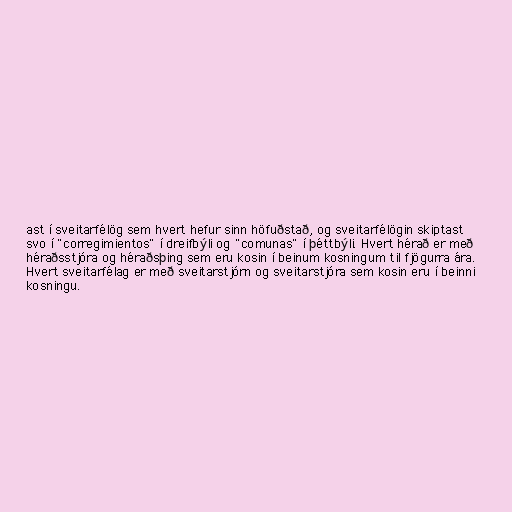
ast í sveitarfélög sem hvert hefur sinn höfuðstað, og sveitarfélögin skiptast
svo í "corregimientos" í dreifbýli og "comunas" í þéttbýli. Hvert hérað er með
héraðsstjóra og héraðsþing sem eru kosin í beinum kosningum til fjögurra ára.
Hvert sveitarfélag er með sveitarstjórn og sveitarstjóra sem kosin eru í beinni
kosningu.